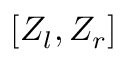
[ Z _ { l } , Z _ { r } ]